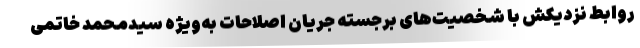
روابط نزدیکش با شخصیت‌های برجسته جریان اصلاحات به‌ویژه سیدمحمد خاتمی